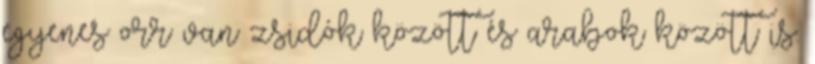
egyenes orr van zsidók között és arabok között is.